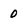
Character: 0